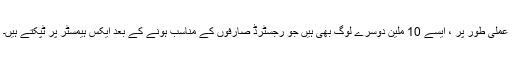
عملی طور پر ، ایسے 10 ملین دوسرے لوگ بھی ہیں جو رجسٹرڈ صارفوں کے مناسب ہونے کے بعد ایکس ہیمسٹر پر ٹپکتے ہیں۔